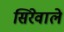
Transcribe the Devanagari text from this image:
सिरेवाले